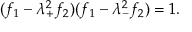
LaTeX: ( f _ { 1 } - \lambda _ { + } ^ { 2 } f _ { 2 } ) ( f _ { 1 } - \lambda _ { - } ^ { 2 } f _ { 2 } ) = 1 .